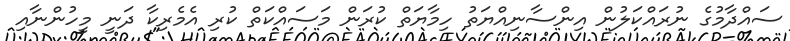
ސައްދާމުގެ ނުރައްކަލުން އިންސާނިއްޔަތު ހިމާޔަތް ކުރަން މަސައްކަތް ކުރި އެމެރިކާ ދަނީ މީހުންނާއި